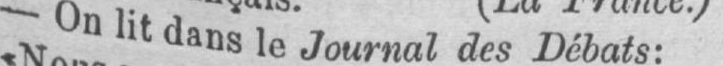
- On lit dans le Journal des Débats: